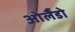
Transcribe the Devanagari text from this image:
ओर्लैंडो